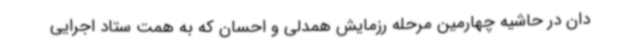
دان در حاشیه چهارمین مرحله رزمایش همدلی و احسان که به همت ستاد اجرایی